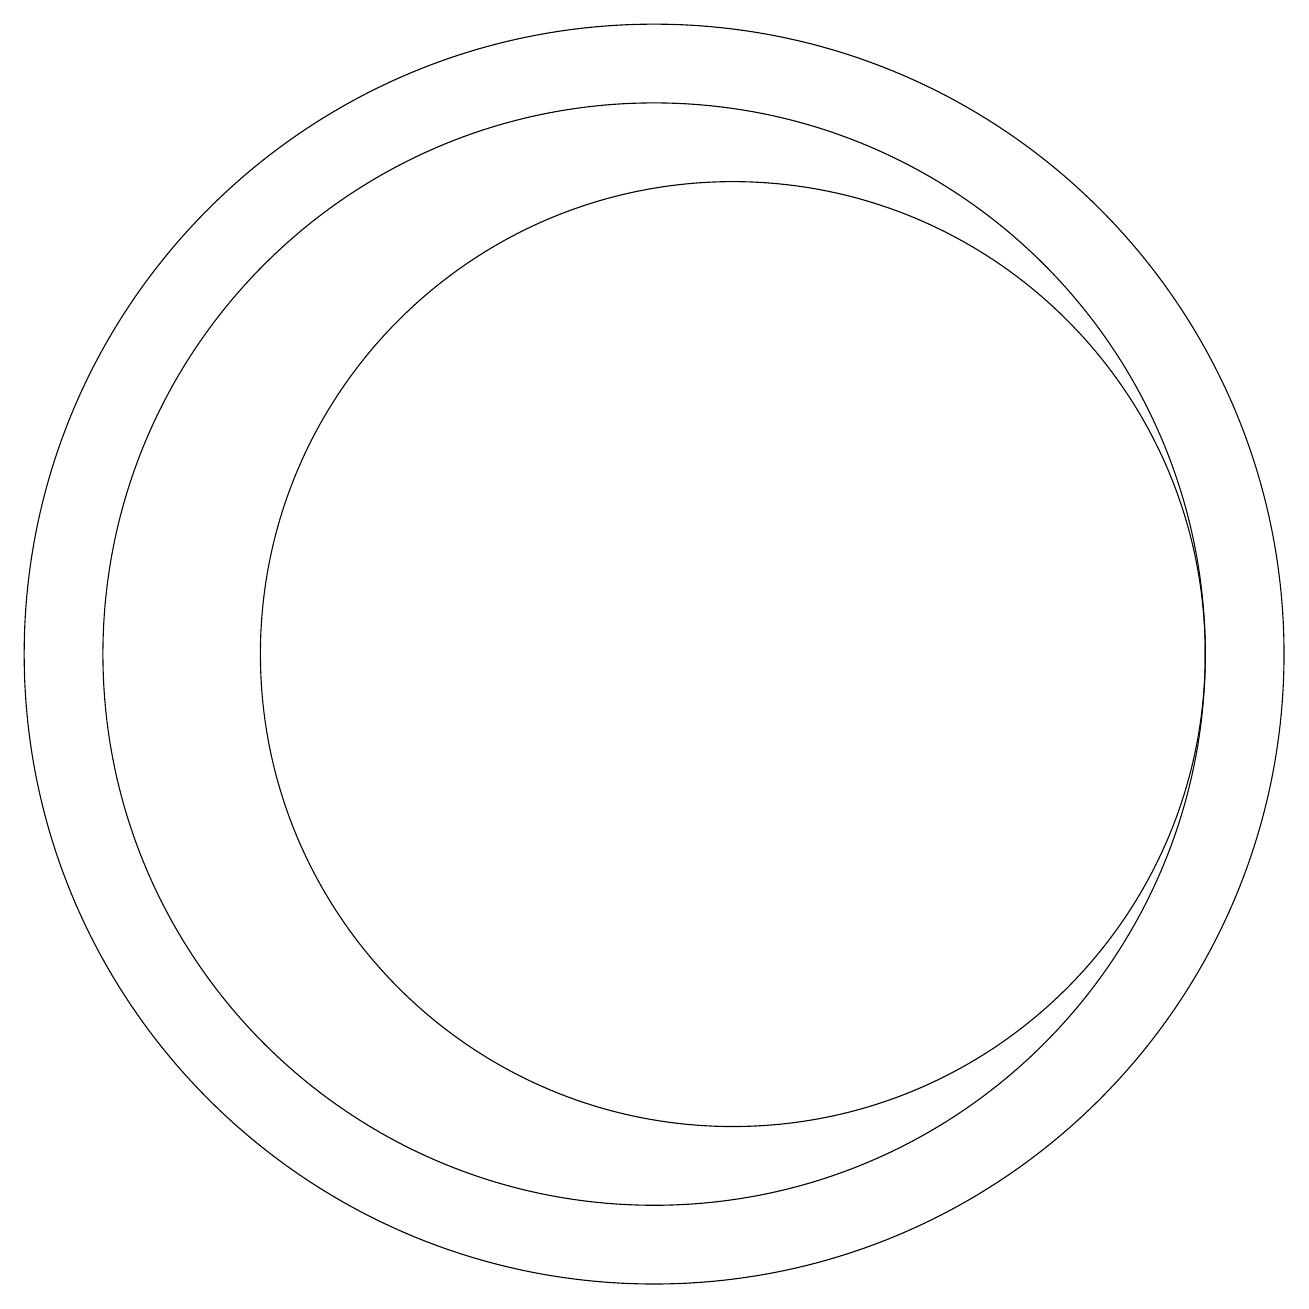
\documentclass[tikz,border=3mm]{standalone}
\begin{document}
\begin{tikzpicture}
\draw (10,11) circle (7);
\draw (10,11) circle (8);
\draw (11,11) circle (6);
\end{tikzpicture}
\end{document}